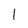
Character: 1